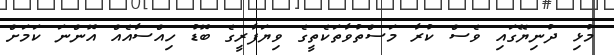
މުޅި ދުނިޔޭގައި ވެސް ކުރާ މަސްތުވާތަކެތީގެ ވިޔަފާރީގެ ބޮޑު ހިއްސާއެއް އޮންނަ ކަމަށް